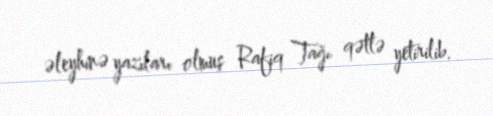
əleyhinə yazıları olmuş Rafiq Tağı qətlə yetirilib.